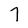
Character: 7